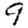
Digit: 9